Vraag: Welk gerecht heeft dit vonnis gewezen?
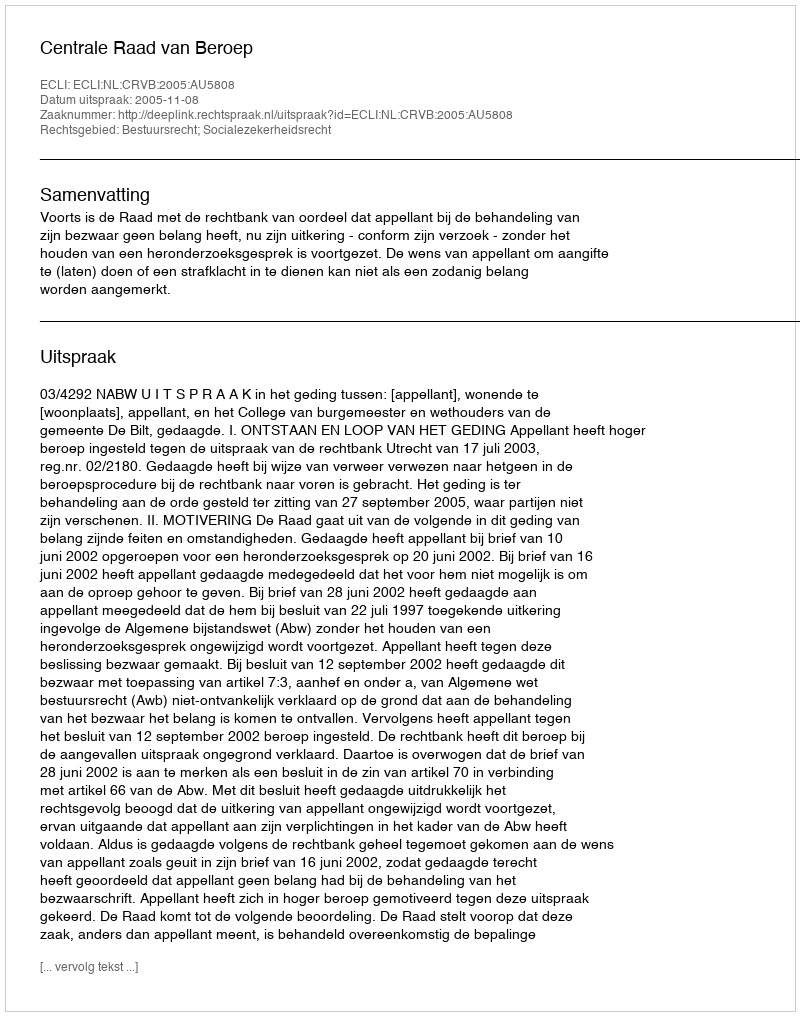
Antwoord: Centrale Raad van Beroep